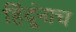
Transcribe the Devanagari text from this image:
हिंदूंनाच